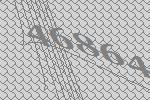
46864